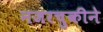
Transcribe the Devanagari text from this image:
नजरचुकीने